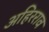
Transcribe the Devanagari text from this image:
अहिरराव